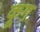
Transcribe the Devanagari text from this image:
कूग